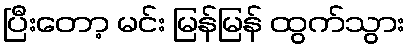
ပြီးတော့ မင်း မြန်မြန် ထွက်သွား